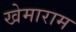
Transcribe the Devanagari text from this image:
खेमाराम